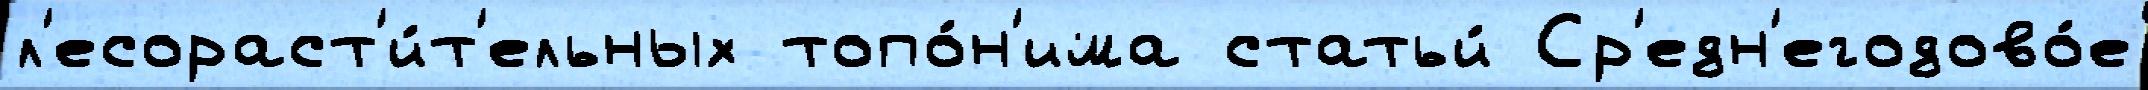
л'есораст'и́т'ельных топо́н'има статьи́ Ср'едн'егодово́е